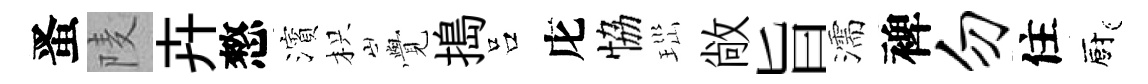
󱉠𨹧卉憗濱枳𮗜搗吕庀恊𤤼敞旨濡裨勿住廚